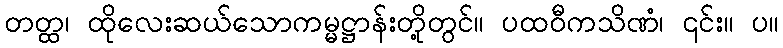
တတ္ထ၊ ထိုလေးဆယ်သောကမ္မဋ္ဌာန်းတို့တွင်။ ပထဝီကသိဏံ၊ ၎င်း။ ပ။